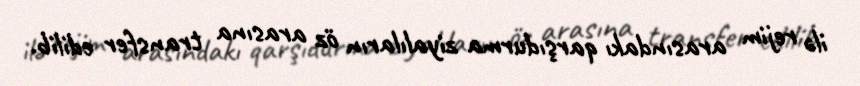
ilə rejim arasındakı qarşıdurma ziyalıların öz arasına transfer edilib.